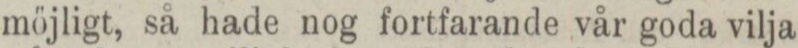
möjligt, så hade nog fortfarande vår goda vilja